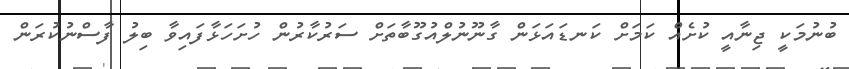
ބުނުމަކީ ޖިނާއީ ކުށެއް ކަމަށް ކަނޑައަޅަން ގާނޫނުލްއުގޫބާތަށް ސަރުކާރުން ހުށަހަޅާފައިވާ ބިލު ފާސްނުކުރަން